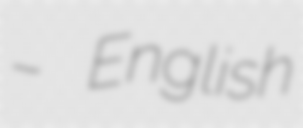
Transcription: – English